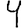
Digit: 4